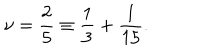
LaTeX: \nu = \frac { 2 } { 5 } \equiv \frac { 1 } { 3 } + \frac { 1 } { 1 5 } .